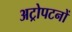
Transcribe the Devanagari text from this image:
अट्रोपटनों